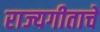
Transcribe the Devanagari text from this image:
राज्यगीताचे